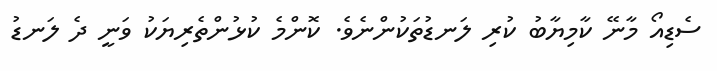
ސެޑިއޯ މާނޭ ކާމިޔާބު ކުރި ލަނޑުތަކުންނެވެ. ކޮންމެ ކުޅުންތެރިޔަކު ވަނީ ދެ ލަނޑު